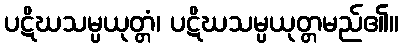
ပဋိဃသမ္ပယုတ္တံ၊ ပဋိဃသမ္ပယုတ္တမည်၏။